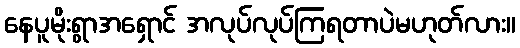
နေပူမိုးရွာအရှောင် အလုပ်လုပ်ကြရတာပဲမဟုတ်လား။